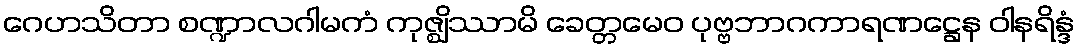
ဂေဟသိတာ စဏ္ဍာလဂါမကံ ကုဇ္ဈိဿာမိ ခေတ္တမေဝ ပုဗ္ဗဘာဂကာရဏဋ္ဌေန ဝါနရိန္ဒံ